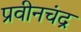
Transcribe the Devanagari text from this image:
प्रवीनचंद्र